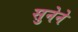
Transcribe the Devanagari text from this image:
सुनेने